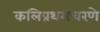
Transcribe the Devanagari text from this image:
कलिप्रथमचरणे